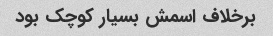
برخلاف اسمش بسیار کوچک بود